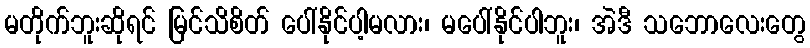
မတိုက်ဘူးဆိုရင် မြင်သိစိတ် ပေါ်နိုင်ပါ့မလား၊ မပေါ်နိုင်ပါဘူး၊ အဲဒီ သဘောလေးတွေ